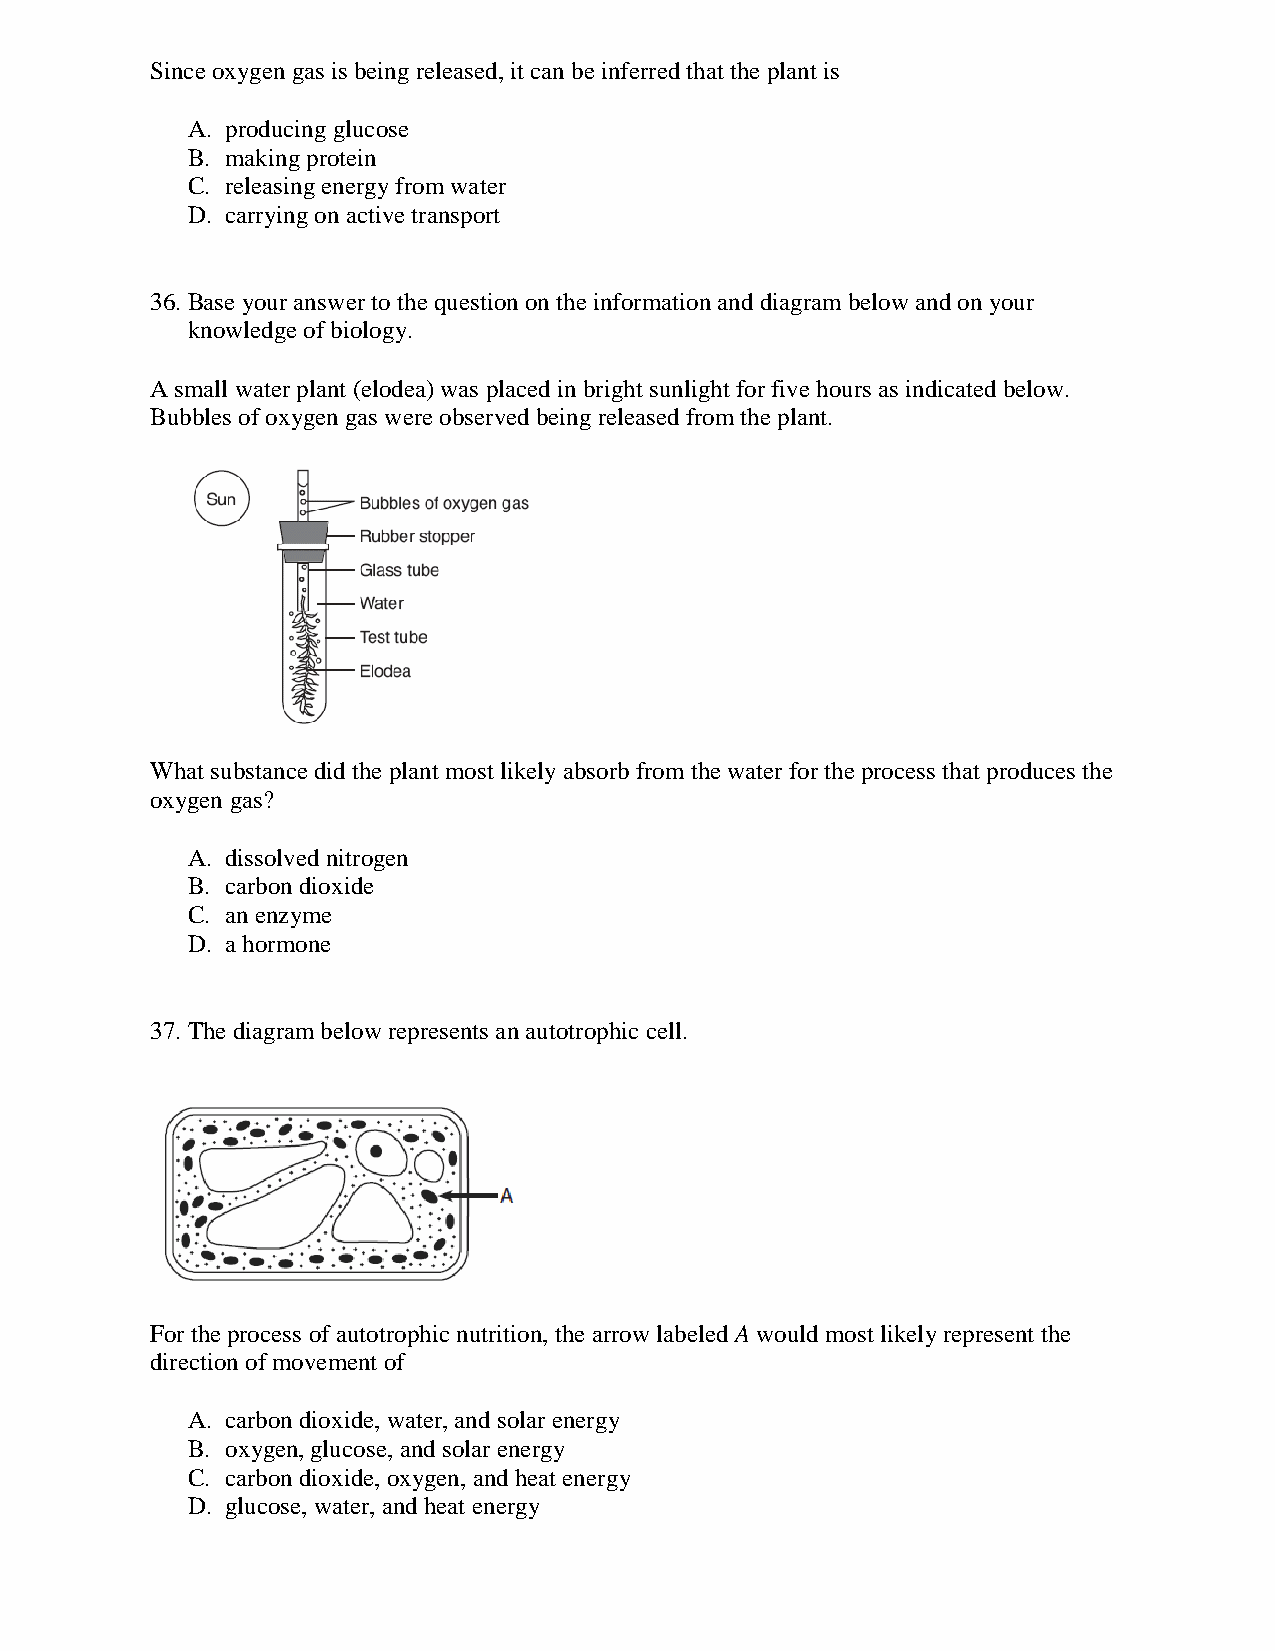
Since oxygen gas is being released, it can be inferred that the plant is
 A. producing glucose
 B. making protein
 C. releasing energy from water
 D. carrying on active transport
 36. Base your answer to the question on the information and diagram below and on your
 knowledge of biology.
 A small water plant (elodea) was placed in bright sunlight for five hours as indicated below.
 Bubbles of oxygen gas were observed being released from the plant.
 What substance did the plant most likely absorb from the water for the process that produces the
 oxygen gas?
 A. dissolved nitrogen
 B. carbon dioxide
 C. an enzyme
 D. a hormone
 37. The diagram below represents an autotrophic cell.
 For the process of autotrophic nutrition, the arrow labeled A would most likely represent the
 direction of movement of
 A. carbon dioxide, water, and solar energy
 B. oxygen, glucose, and solar energy
 C. carbon dioxide, oxygen, and heat energy
 D. glucose, water, and heat energy